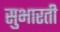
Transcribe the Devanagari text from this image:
सुभारती